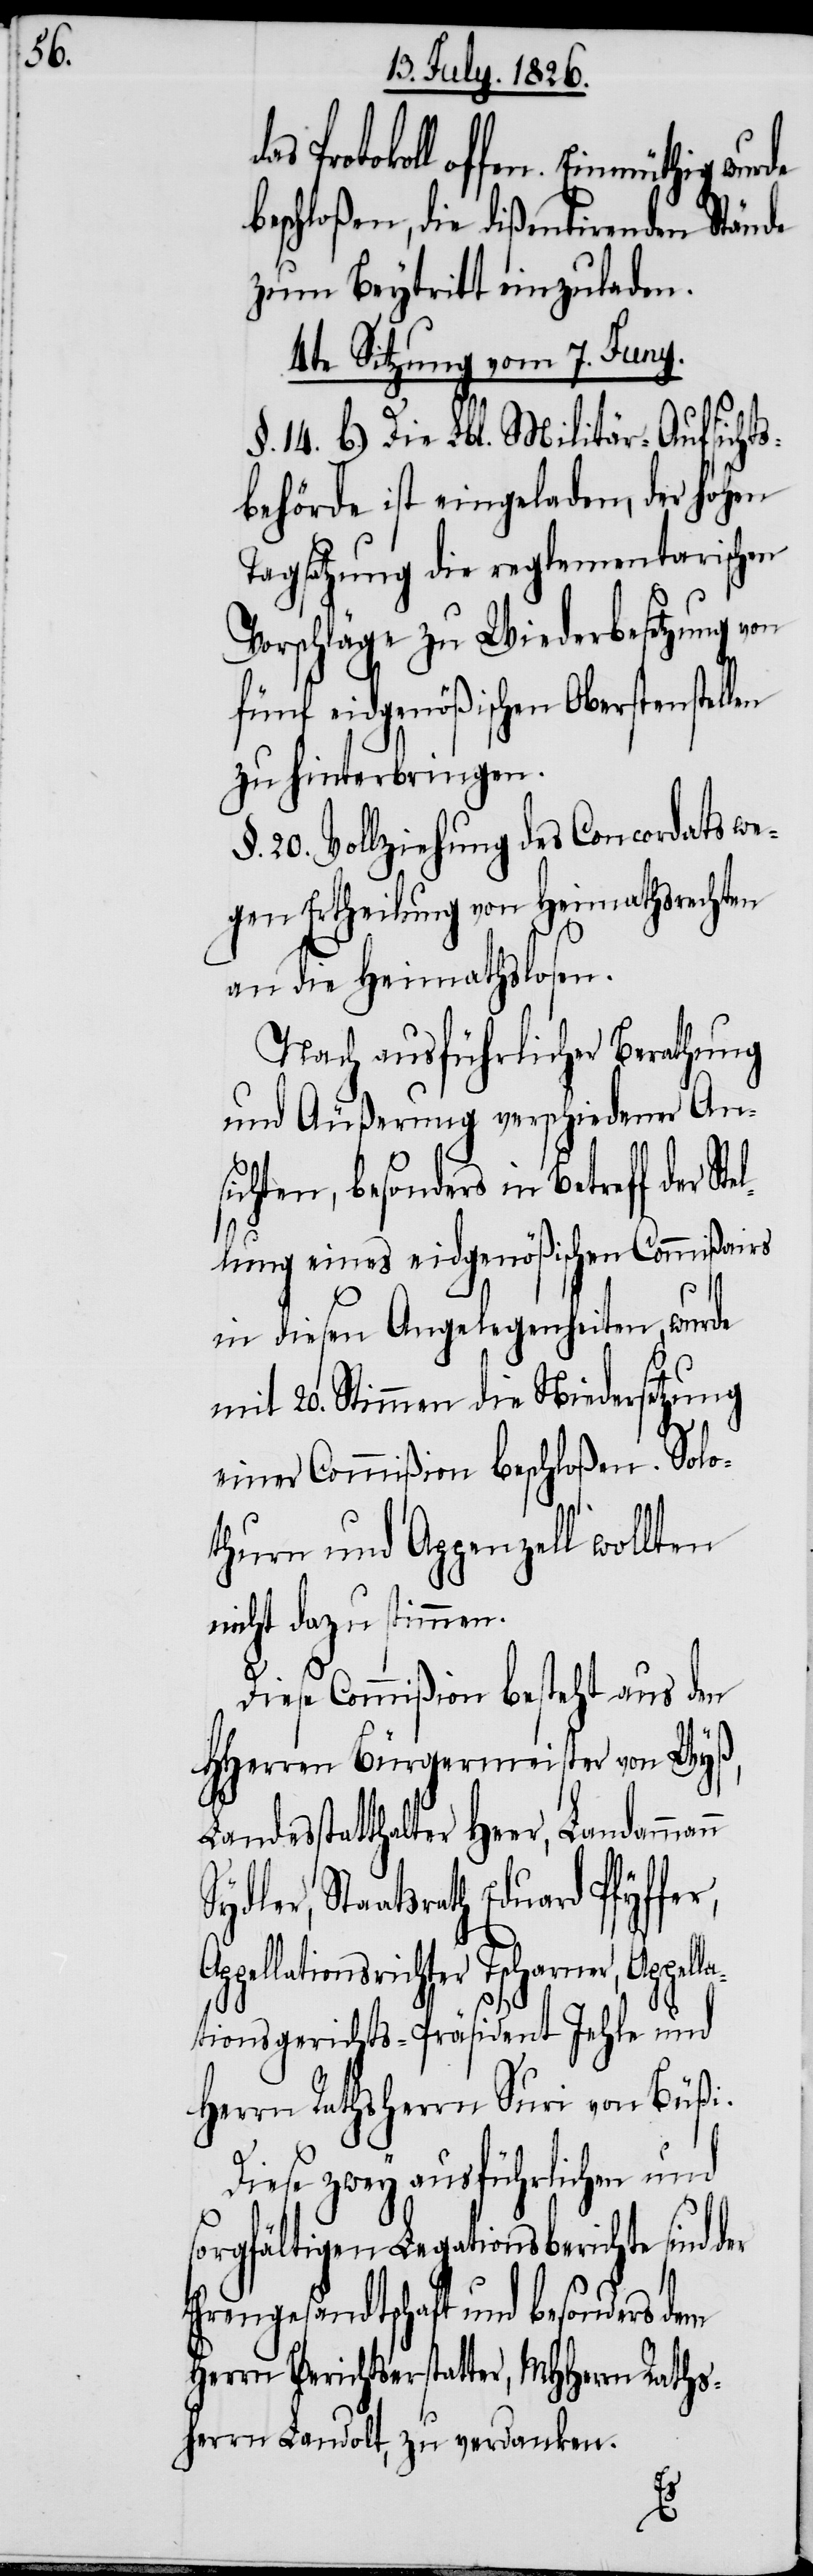
Stel¬

offen. Einmüthig wurde
beschloßen, die dißentirenden Stände
zum Beytritt einzuladen.
4te Sitzung vom 7. Juny.
§. 14. b.) Die Lbl. Militär-Aufsichts¬
behörde ist eingeladen, der hohen
Tagsatzung die reglementarischen
Vorschläge zu Wiederbesetzung von
fünf eidgenößischen Oberstenstellen
zu hinterbringen.
§. 20. Vollziehung des Concordats we¬
gen Ertheilung von Heimatsrechten
an die Heimathslosen.
Nach ausführlicher Berathung
und Äußerung verschiedener An¬
sichten, besonders in Betreff der
lung eines eidgenößischen Commißairs
in diesen Angelegenheiten, wurde
mit 20. Stimmen die Niedersetzung
einer Commißion beschloßen. Solo¬
thurn und Appenzell wollten
nicht dazu stimmen.
Diese Commißion besteht aus den
HHerren Bürgermeister von Wyß,
Landesstatthalter Heer, Landammann
Staatsrath Eduard Pfyffer,
Tscharner, Appella¬
tionsgerichts-Präsident Jehle und
Herrn Rathsherrn Suri von Büßi.
Diese zwey ausführlichen und
sorgfältigen Legationsberichte sind
Ehrengesandtschaft und besonders
Herrn Berichtserstatter, MHHerrn Raths¬
herrn Landolt, zu verdanken.